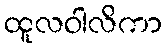
ထူလဝါလိကာ